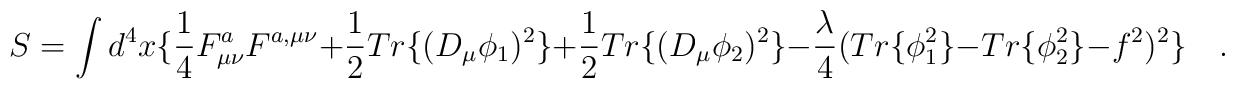
S=\int d^4x \{ \frac{1}{4} F_{\mu\nu}^a F^{a,\mu\nu} +\frac{1}{2}Tr\{(D_\mu\phi_1)^2\}+ \frac{1}{2}Tr\{(D_\mu\phi_2)^2\} -\frac{\lambda}{4}(Tr\{\phi_1^2\}-Tr\{\phi_2^2\}-f^2)^2 \}\quad.